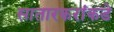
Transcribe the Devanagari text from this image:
सातारकरांकडे